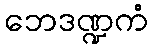
ဘေဒဏ္ဍကံ